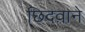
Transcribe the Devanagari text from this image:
छिदवाने